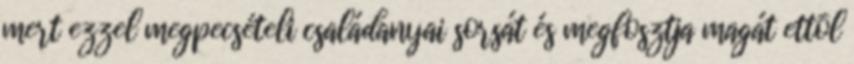
mert ezzel megpecsételi családanyai sorsát és megfosztja magát ettõl